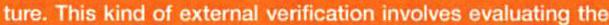
ture. This kind of external verification involves evaluating the